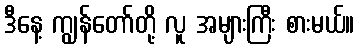
ဒီနေ့ ကျွန်တော်တို့ လူ အများကြီး စားမယ်။